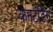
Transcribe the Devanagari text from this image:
कनटेंडिंग